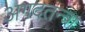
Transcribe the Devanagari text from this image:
अगदतन्त्रा